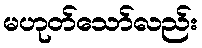
မဟုတ်သော်လည်း